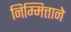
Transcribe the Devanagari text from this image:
निम्मित्ताने